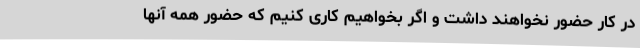
در کار حضور نخواهند داشت و اگر بخواهیم کاری کنیم که حضور همه آنها